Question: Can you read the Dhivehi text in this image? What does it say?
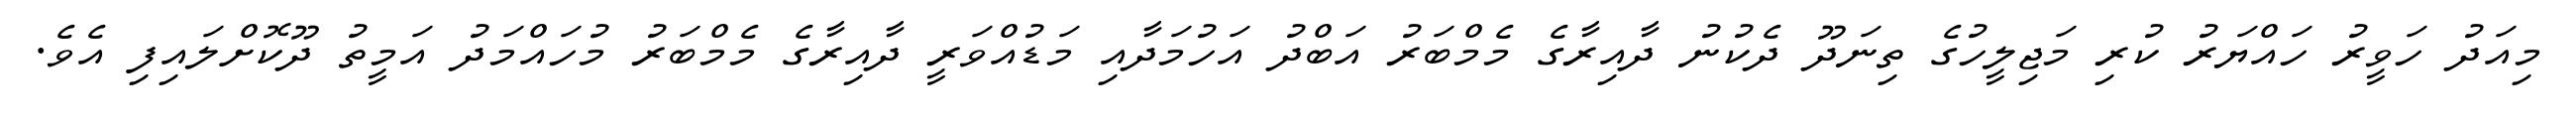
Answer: މިއަދު ހަވީރު ހައްޔަރު ކުރި މަޖިލީހުގެ ތިނަދޫ ދެކުނު ދާއިރާގެ މެމްބަރު އަބްދު އަހުމަދާއި މަޑުއްވަރީ ދާއިރާގެ މެމްބަރު މުހައްމަދު އަމީތު ދޫކޮށްލައިފި އެވެ.